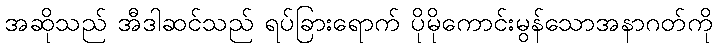
အဆိုသည် အီဒါဆင်သည် ရပ်ခြားရောက် ပိုမိုကောင်းမွန်သောအနာဂတ်ကို